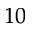
^ { 1 0 }